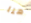
هنا